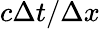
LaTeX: c\Delta t/\Delta x